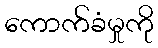
ကောက်ခံမှုကို